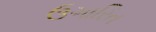
ઉગારિત